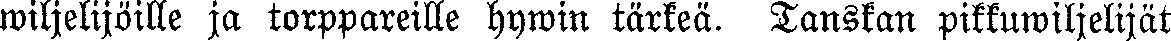
wiljelijöille ja torppareille hywin tärkeä. Tanskan pikkuwiljelijät